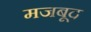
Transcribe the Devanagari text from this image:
मजबूद